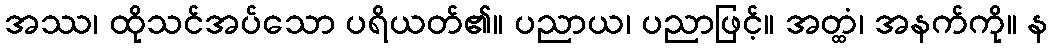
အဿ၊ ထိုသင်အပ်သော ပရိယတ်၏။ ပညာယ၊ ပညာဖြင့်။ အတ္ထံ၊ အနက်ကို။ န